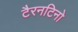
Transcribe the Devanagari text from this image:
टैरनटिनो